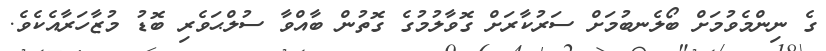
ގެ ނިންމެވުމަށް ބޯލެނބުމަށް ސަރުކާރަށް ގޮވާލުމުގެ ގޮތުން ބާއްވާ ސުލްޙަވެރި ބޮޑު މުޒާހަރާއެކެވެ.